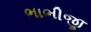
ભાભીજી